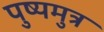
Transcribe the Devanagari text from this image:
पुष्यमुत्र